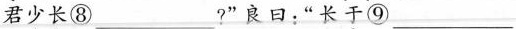
君\underset{·}{少}\underset{·}{长}⑧___?”良日：”\underset{·}{长}\underset{·}{于}⑨___